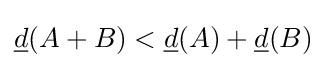
{\underline {d}}(A+B)<{\underline {d}}(A)+{\underline {d}}(B)